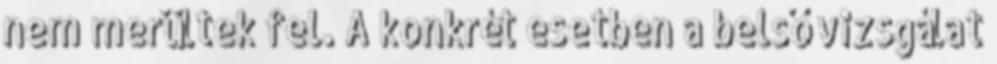
nem merültek fel. A konkrét esetben a belső vizsgálat